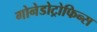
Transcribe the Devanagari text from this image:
गोनेडोट्रोफिन्स